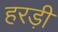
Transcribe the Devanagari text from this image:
हरड़ी